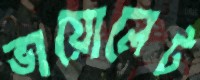
ভায়োলেট